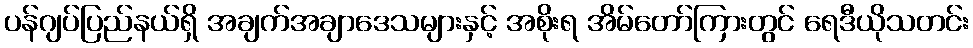
ပန်ဂျပ်ပြည်နယ်ရှိ အချက်အချာဒေသများနှင့် အစိုးရ အိမ်တော်ကြားတွင် ရေဒီယိုသတင်း